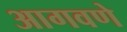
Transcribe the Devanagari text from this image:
आगवणे